Lunatic asylums Burma 1907-21 - 1907-1921
Year: 1907
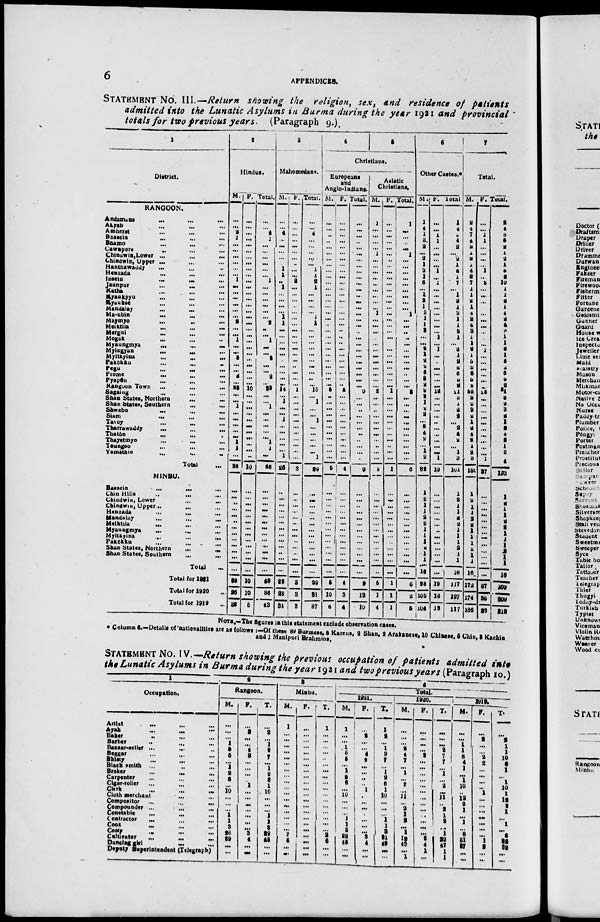
6
APPENDICES.
STATEMENT NO. III.—Return showing the religion, sex, and residence of patients
admitted into the Lunatic Asylums in Burma during the year 1921 and provincial
totals for two previous years.
(Paragraph 9.).
1
District.
RANGOON.
Andamans
...
...
...
Akyab ... ... ...
Amherst ... ... ...
Bassein ... ... ...
Bhamo ... ... ...
Cawnpore ... ... ...
Chindwin, Lower ...
...
...
Chindwin, Upper
...
...
...
Hanthawaddy ... ... ...
Henzada ... ... ...
Insein
...
...
...
Jaunpur ... ...
Katha
...
...
...
Kyaukpyu ... ... ...
Kyaukse ... ... ...
Mandalay
...
...
...
Ma-ubin
...
...
...
Maymyo
...
...
...
Meiktila ... ... ...
Mergui ... ... ...
Mogok ... ... ...
Myaungmya
...
...
...
Myingyan
...
...
...
Myitkyina
...
...
...
Pakôkku ... ... ...
Pegu
...
...
...
Prome
...
...
...
Pyapôn ... ... ...
Rangoon Town
...
... ...
Sagaing ... ... ...
Shan States, Northern ... ...
Shan States, Southern ... ...
Shwebo
...
...
...
Siam
...
...
...
Tavoy
...
...
...
Tharrawaddy
...
...
...
Thatôn
...
... ...
Thayetmyo ... ... ...
Toungoo ... ... ...
Yamèthin
...
...
...
Total ...
MINBU.
Bassein
...
...
...
Chin Hills ... ... ...
Chindwin, Lower ... ...
Chindwm, Upper ... ... ...
Henzada
...
...
...
Mandalay
...
...
...
Meiktila ... ... ...
Myaungmya ... ... ...
Myitkyina
...
...
...
Pakôkku ... ... ...
Shan States, Northern
...
...
Shan States, Southern
...
...
Total ...
Total for 1921
Total for 1920 ...
Total for 1919 ...
2
Hindus.
M.
...
...
2
1
...
...
...
...
...
...
1
...
...
...
...
...
...
2
...
...
1
...
...
3
...
...
2
...
23
...
...
1
...
...
...
...
...
1
1
...
38
...
...
...
...
...
...
...
...
...
...
...
...
...
38
26
38
F.
...
...
...
...
...
...
...
...
...
...
...
...
...
...
...
...
...
...
...
...
...
...
...
...
...
...
...
...
10
...
...
...
...
...
...
...
...
...
...
...
10
...
...
...
...
...
...
...
...
...
...
...
...
...
10
10
5
Total.
...
...
2 1
...
...
...
...
...
...
1
...
...
...
...
...
...
2
...
...
1
...
...
3
...
...
2
...
33
...
...
1
...
...
...
...
...
1
1
...
48
...
...
...
...
...
...
...
...
...
...
...
...
...
48
36
43
3
Mahomedans.
M.
...
...
4
...
...
...
...
...
1
1
...
1
...
...
...
...
1
1
...
...
...
...
...
...
...
...
...
...
14
...
1
...
...
1
...
...
...
...
...
1
26
...
...
...
...
...
...
...
...
...
...
...
...
...
26
28
34
F.
...
...
...
...
...
...
...
...
...
...
2
...
...
...
...
...
...
...
...
...
...
...
...
...
...
...
...
...
1
...
...
...
...
...
...
...
...
...
...
...
3
...
...
...
...
...
...
...
...
...
...
...
...
...
3
3
3
Total.
...
...
4
...
...
...
...
...
1
1
2
1
...
...
...
...
1
1
...
...
...
...
...
...
...
...
...
...
15
...
1
...
...
1
...
...
...
...
...
1
29
...
...
...
...
...
...
...
...
...
...
...
...
...
29
31
37
4
5
Christians.
Europeans
and
Anglo-Indians.
M.
...
...
...
...
...
...
...
...
...
...
...
...
...
...
...
...
...
...
...
...
...
...
...
...
...
...
...
...
5
...
...
...
...
...
...
...
...
...
...
...
5
...
...
...
...
...
...
...
...
...
...
...
...
...
5
10
6
F.
...
...
...
...
...
...
...
...
...
...
...
...
...
...
...
...
...
...
...
...
...
...
...
...
...
...
...
...
4
...
...
...
...
...
...
...
...
...
...
...
4
...
...
...
...
...
...
...
...
...
...
...
...
...
4
3
4
Total.
...
...
...
...
...
...
...
...
...
...
...
...
...
...
...
...
...
...
...
...
...
...
...
...
...
...
...
...
9
...
...
...
...
...
...
...
...
...
...
...
9
...
...
...
...
...
...
...
...
...
...
...
...
...
9
13
10
Asiatic
Christians.
M.
1
...
...
...
...
1
...
...
...
...
...
...
...
...
...
1
...
...
...
...
...
...
...
...
...
...
...
...
2
...
...
...
...
...
...
...
...
...
...
...
5
...
...
...
...
...
...
...
...
...
...
...
...
...
5
1
4
F.
...
...
...
...
...
...
...
...
...
...
...
...
...
...
...
...
...
...
...
...
...
...
...
...
...
...
...
...
1
...
...
...
...
...
...
...
...
...
...
...
1
...
...
...
...
...
...
...
...
...
...
...
...
...
1
1
1
Total.
1
...
...
...
...
1
...
...
...
...
...
...
...
...
...
1
...
...
...
...
...
...
...
...
...
...
...
...
3
...
...
...
...
...
...
...
...
...
...
...
6
...
...
...
...
...
...
...
...
...
...
...
...
...
6
2
5
6
Other Castes.
M.
1
4
1
3
2
...
2
1
3
1
6
...
1
2
1
3
1
1
3
...
...
2
1
2
2
6
3
2
9 3
1
2
2
...
2
4
2
...
1
2
82
1
2
1
1
2 2
1
1
1
2
1
1
16
98
109
104
F.
...
...
1
1
...
...
...
...
1
...
1
...
...
...
...
...
...
...
...
1
...
1
...
...
...
...
...
...
12
...
...
...
...
...
...
...
...
...
...
1
19
...
...
...
...
...
...
...
...
...
...
...
...
...
19
18
13
Total.
1
4
2
4
2
...
2
1
4
1
7
...
1
2
1
3
1
1
3
1
...
3
1
2
2
6
3
2
21
3 1
2
2
...
2
4
2
...
1
3
101
1
2
1
1
2
2
1
1
1
2
1
1
16
117
127
117
7
Total.
M.
2
4
7
4
2
1
2
1
4
2
7
1
1
2
1
4
2
4
3
1
1
2
1
5
2
6
6
2
53
3
2
3
2
1
2
4
2
1
2
3
156
1
2
1
1
2
2
1
1
1
2
1
1
16
172
174
186
F.
...
...
1
1
...
...
...
...
1
...
3
...
...
...
...
...
...
...
...
...
...
1
...
...
...
...
...
...
28
...
...
...
...
...
...
...
...
...
...
1
37
...
2
...
...
...
...
...
...
...
...
...
...
...
37
35
26
Total.
2
4 8
5
2
1
2
1
5
2
10
1
1
2
1
4
2
4
3
1
1
3
1
5
2
6
6
2
81
3
2
3
2
1
2
4
2
1
2
4
193
1
2
1
1
2
2
1
1
1
2
1
1
16
209
209
212
NOTE.—The figures in this statement exclude observation cases.
* Column 6.-Details of nationalities are as follows :—Of these 89 Burmese, 5 Karens, 2 Shan, 2 Arakanese, 10 Chinese, 5 Chin, 3 Kachin
and 1 Manipuri Brahmins.
STATEMENT NO. IV. —Return showing the previous occupation of patients admitted into
the Lunatic Asylums in Burma during the year 1921 and two previous years (Paragraph 10.)
1
Occupation.
Artist
...
...
...
Ayah
...
...
...
Baker ... ... ...
Barber ... ... ...
Bazaar-seller ... ... ...
Beggar ... ... ...
Bhisty
... ... ...
Black smith ... ... ...
Broker
...
...
Carpenter ... ... ...
Cigar-rolIer ... ... ...
Clerk
...
...
...
Cloth merchant ... ... ...
Compositor ...
...
...
Compounder ...
... ...
Constable ... ... ...
Contractor
...
...
...
Cook
...
...
...
Cooly
...
...
...
Cultivator
...
...
...
Dancing girl
...
...
...
Deputy Superintendent (Telegraph)
2
Rangoon.
M.
...
...
...
1
5
5
...
1
2
6
...
10
...
...
...
1
1
3
26
39
...
...
F.
...
2
...
...
4
2
...
...
...
...
1
...
...
...
...
...
...
...
3
4
...
...
T.
...
2
...
1
9
7
...
1
2
6
1
10
...
...
...
1
1
3
29
43
...
...
3
Minbu.
M.
1
...
...
...
...
...
...
...
...
...
...
...
...
...
...
...
...
...
2
6
...
...
F.
...
...
...
...
...
...
...
...
...
...
...
...
...
...
....
...
...
...
...
...
...
...
T.
1
...
...
...
...
...
...
...
...
...
...
...
...
...
...
...
...
...
2
6
...
...
4
Total.
1991.
M.
1
...
1
5
5
...
1
2
6
...
10
...
...
...
1
1
3
28
45
...
...
F.
...
2
...
...
4
2
...
...
...
...
1
...
...
...
...
...
...
...
3
4
...
...
T.
1
2
...
1
9
7
...
1
2
6
1
10
...
...
...
1 1
3 31
49
...
...
1990.
M.
...
...
...
2
4
7
...
1
...
2
...
11
...
2
1
2
...
1
19
43
...
1
F.
...
...
...
...
3
...
...
...
...
...
...
...
...
...
...
...
...
...
3
4
1
...
T.
...
...
...
2
7
7
...
1
...
2
...
11
...
2
1
2
...
1
22
47
1
1
1919.
M.
...
...
1
1
8
4
1
...
1
10
...
19
2
1
...
1
...
8
31
37
...
...
F.
...
2
...
...
2
2
...
...
...
...
1
...
...
...
...
... ...
...
1
2
...
...
T.
...
2
1
1
10
6
1
...
1
10
1
19
2
1
...
1
...
8
32
39
...
...